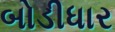
બોડીધાર